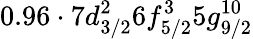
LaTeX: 0.96\cdot 7d_{3/2}^{2}6f_{5/2}^{3}5g_{9/2}^{10}